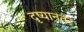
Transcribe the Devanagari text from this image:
दृष्यानंतर